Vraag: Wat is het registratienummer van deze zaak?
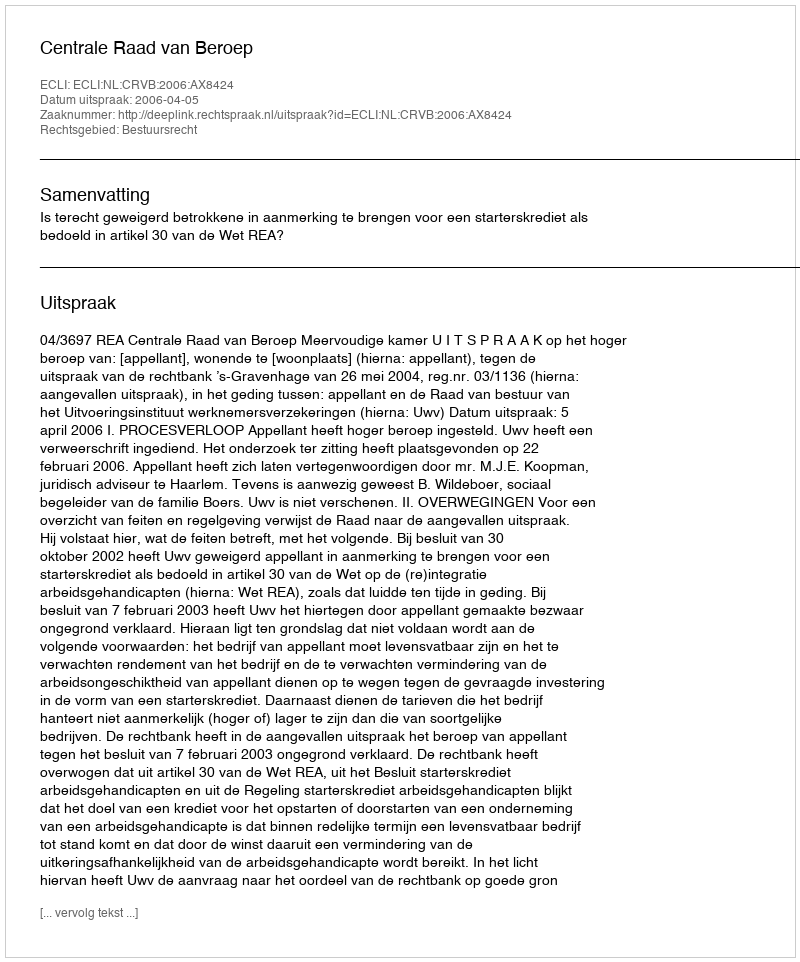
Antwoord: http://deeplink.rechtspraak.nl/uitspraak?id=ECLI:NL:CRVB:2006:AX8424